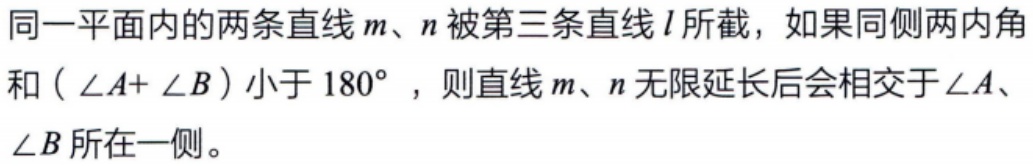
同一平面内的两条直线\(m\)、\(n\)被第三条直线\(l\)所截，如果同侧两内角和（\(\angle A + \angle B\)）小于\(180^{\circ}\)，则直线\(m\)、\(n\)无限延长后会相交于\(\angle A\)、\(\angle B\)所在一侧。